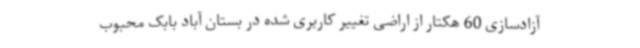
آزادسازی 60 هکتار از اراضی تغییر کاربری شده در بستان آباد بابک محبوب